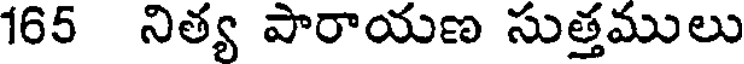
165 నిత్య పారాయణ సుత్తములు